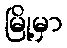
မြို့မှာ